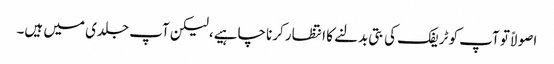
اصولاً تو آپ کو ٹریفک کی بتی بدلنے کا انتظار کرنا چاہیے، لیکن آپ جلدی میں ہیں۔